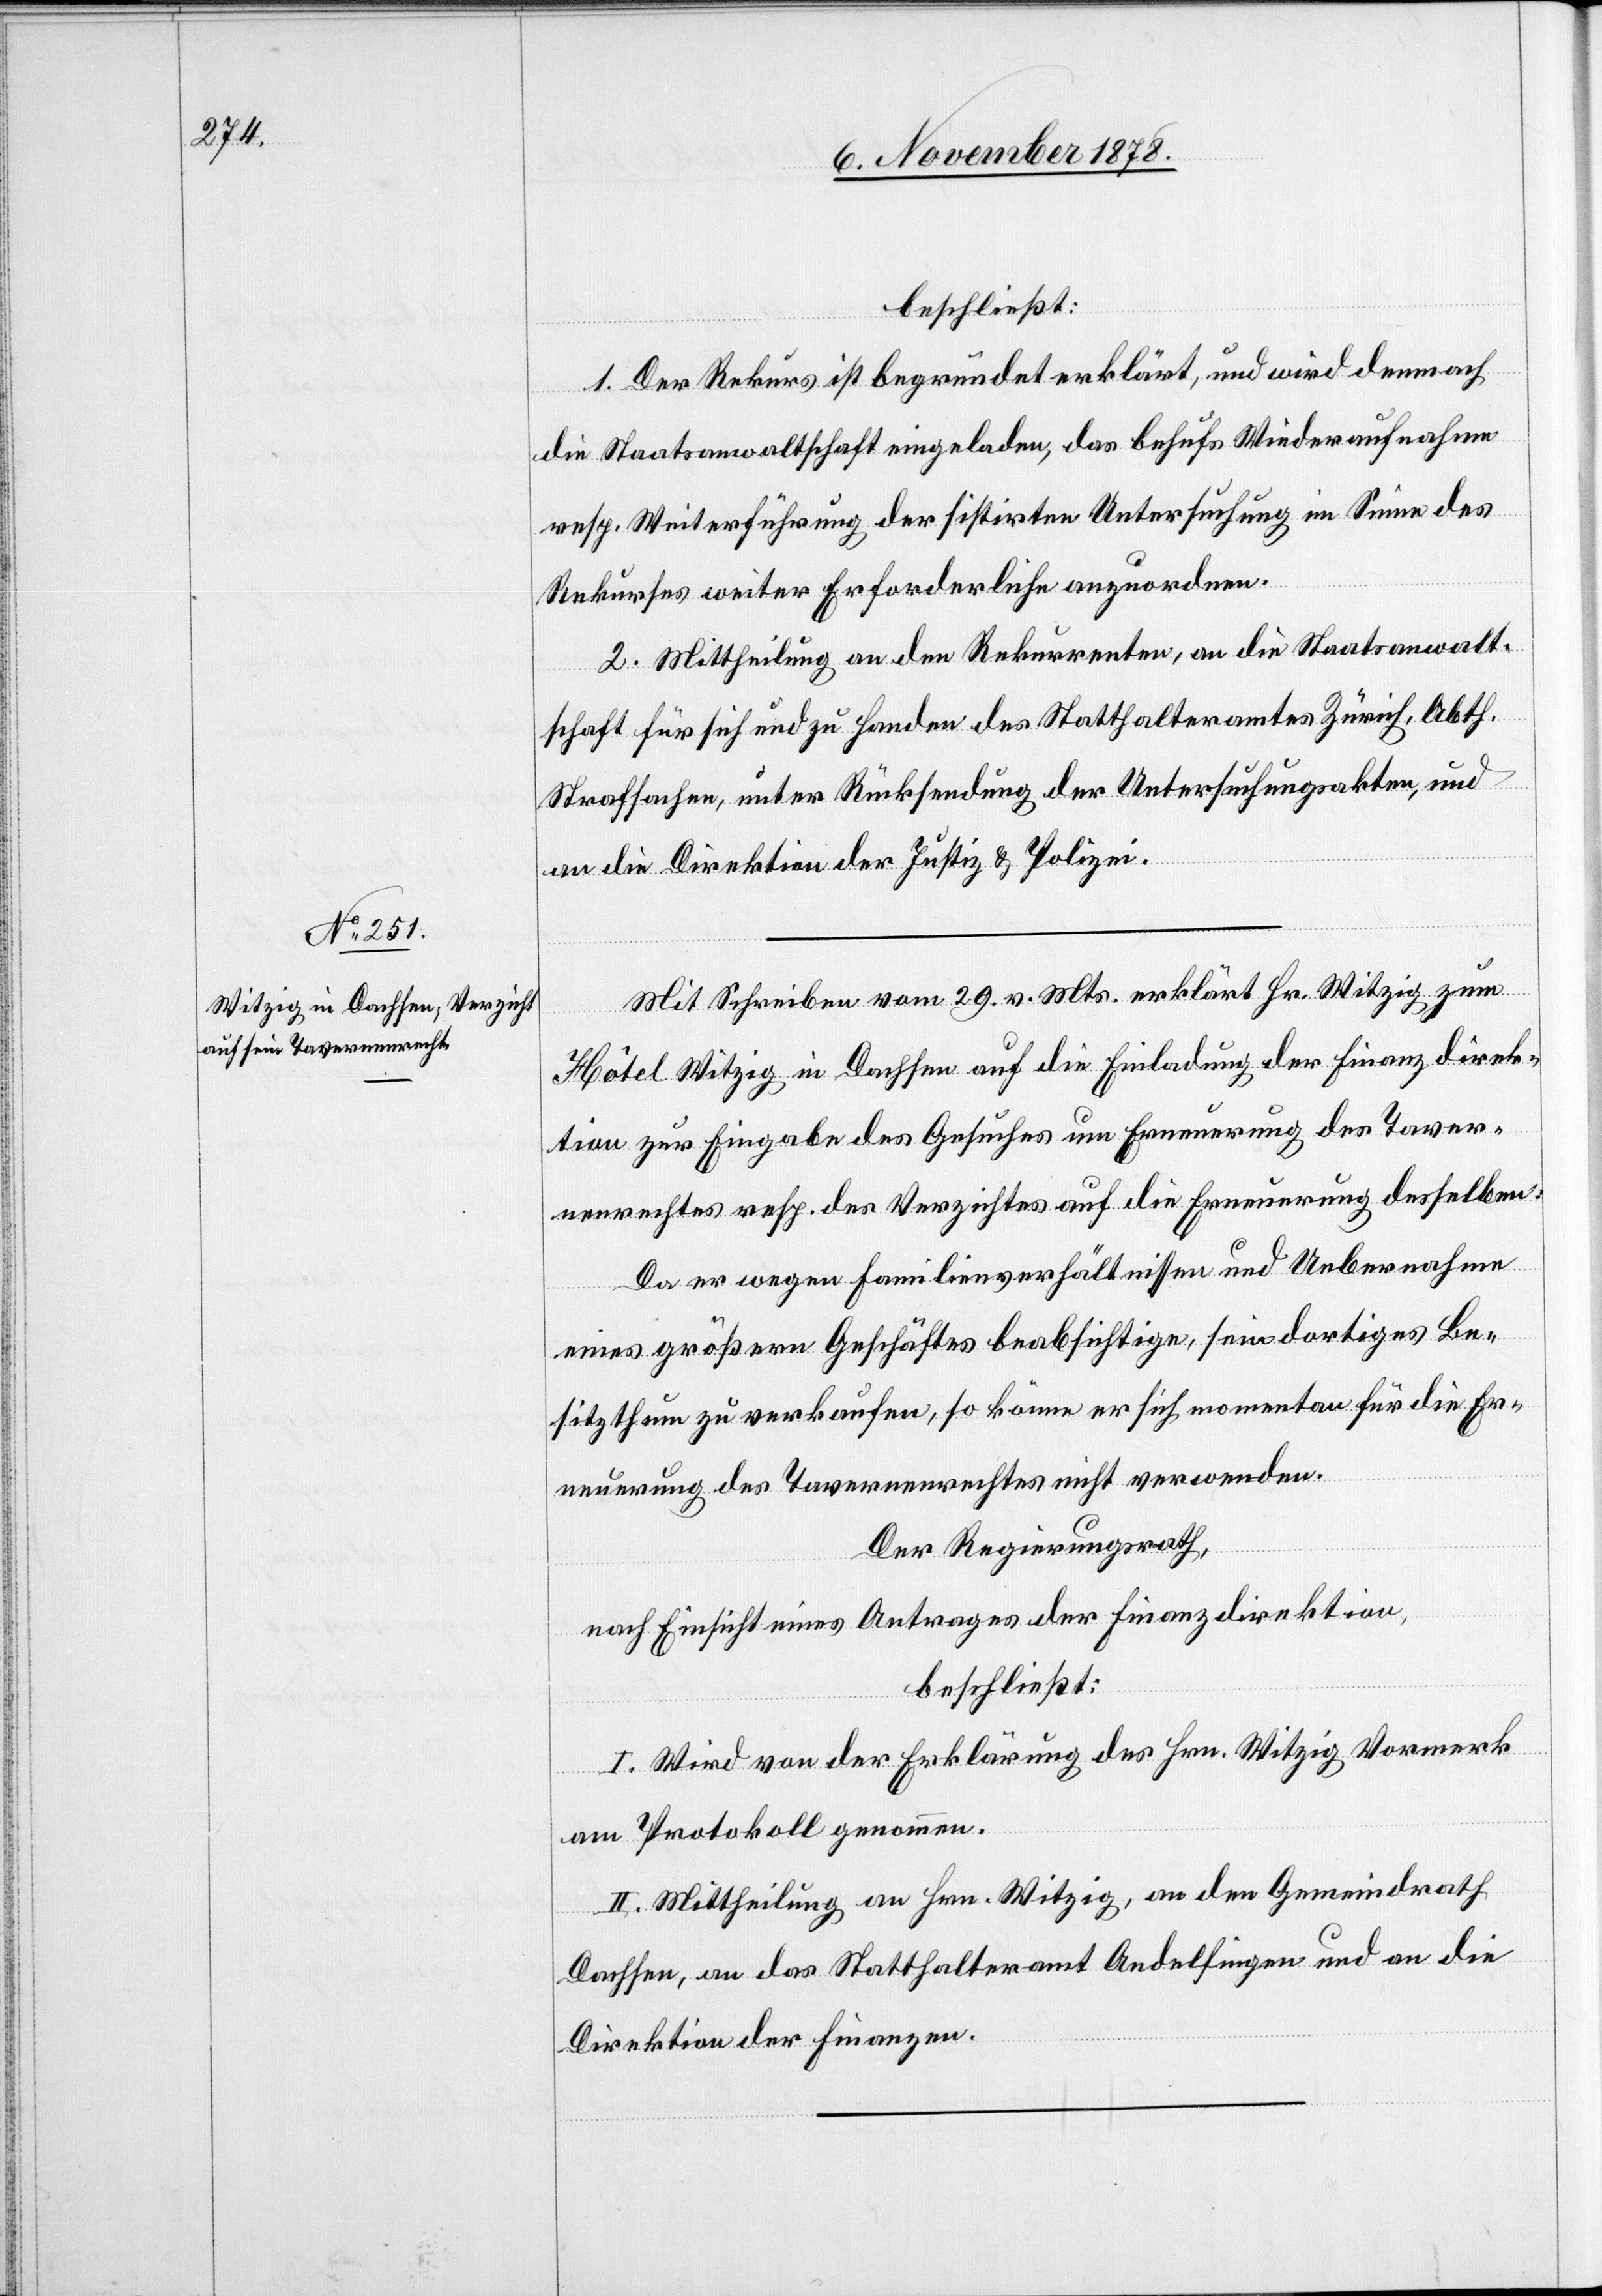
beschließt:
1. Der Rekurs ist begründet erklärt, und wird demnach
die Staatsanwaltschaft eingeladen, das behufs Wiederaufnahme
resp. Weiterführung der sistirten Untersuchung im Sinne des
Rekurses weiter Erforderliche anzuordnen.
2. Mittheilung an den Rekurrenten, an die Staatsanwalt¬
schaft für sich und zu Handen des Statthalteramtes Zürich, Abth.
Strafsachen, unter Rücksendung der Untersuchungsakten, und
an die Direktion der Justiz & Polizei.
Mit Schreiben vom 29. v. Mts. erklärt Hr. Witzig zum
Hôtel Witzig in Dachsen auf die Einladung der Finanzdirek¬
tion zur Eingabe des Gesuches um Erneuerung des Taver¬
nenrechtes resp. des Verzichtes auf die Erneuerung desselben.
Da er wegen Familienverhältnissen und Uebernahme
eines größern Geschäftes beabsichtige, sein dortiges Be¬
sitzthum zu verkaufen, so könne er sich momentan für die Er¬
neuerung des Tavernenrechts nicht verwenden.
Der Regierungsrath,
nach Einsicht eines Antrages der Finanzdirektion,
beschließt:
I. Wird von der Erklärung des Hrn. Witzig Vormerk
am Protokoll genommen.
II. Mittheilung an Hrn. Witzig, an den Gemeindrath
Dachsen, an das Statthalteramt Andelfingen und an die
Direktion der Finanzen.